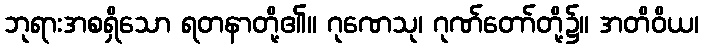
ဘုရားအစရှိသော ရတနာတို့၏။ ဂုဏေသု၊ ဂုဏ်တော်တို့၌။ အတိဝိယ၊